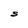
Character: S